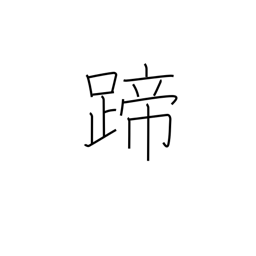
Meaning: hoof